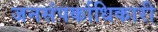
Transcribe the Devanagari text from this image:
जनसंपर्काधिकारी